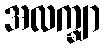
အလက္ချာ